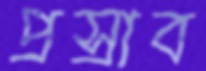
প্রস্রাব